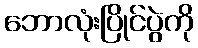
ဘောလုံးပြိုင်ပွဲကို